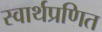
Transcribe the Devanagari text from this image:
स्वार्थप्रणित